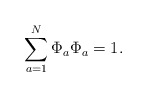
\begin{align*}\sum_{ {a }=1}^{ N} \Phi_{a} \Phi_{a} =1.\end{align*}